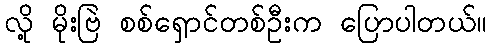
လို့ မိုးဗြဲ စစ်ရှောင်တစ်ဦးက ပြောပါတယ်။